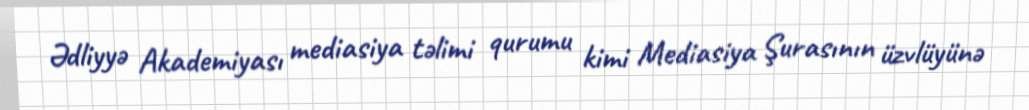
Ədliyyə Akademiyası mediasiya təlimi qurumu kimi Mediasiya Şurasının üzvlüyünə